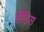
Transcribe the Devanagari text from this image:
सैंडिस